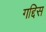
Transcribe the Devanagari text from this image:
गद्दिस